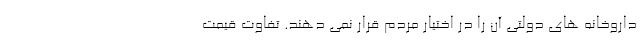
داروخانه های دولتی آن را در اختیار مردم قرار نمی دهند. تفاوت قیمت